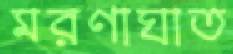
মরণাঘাত